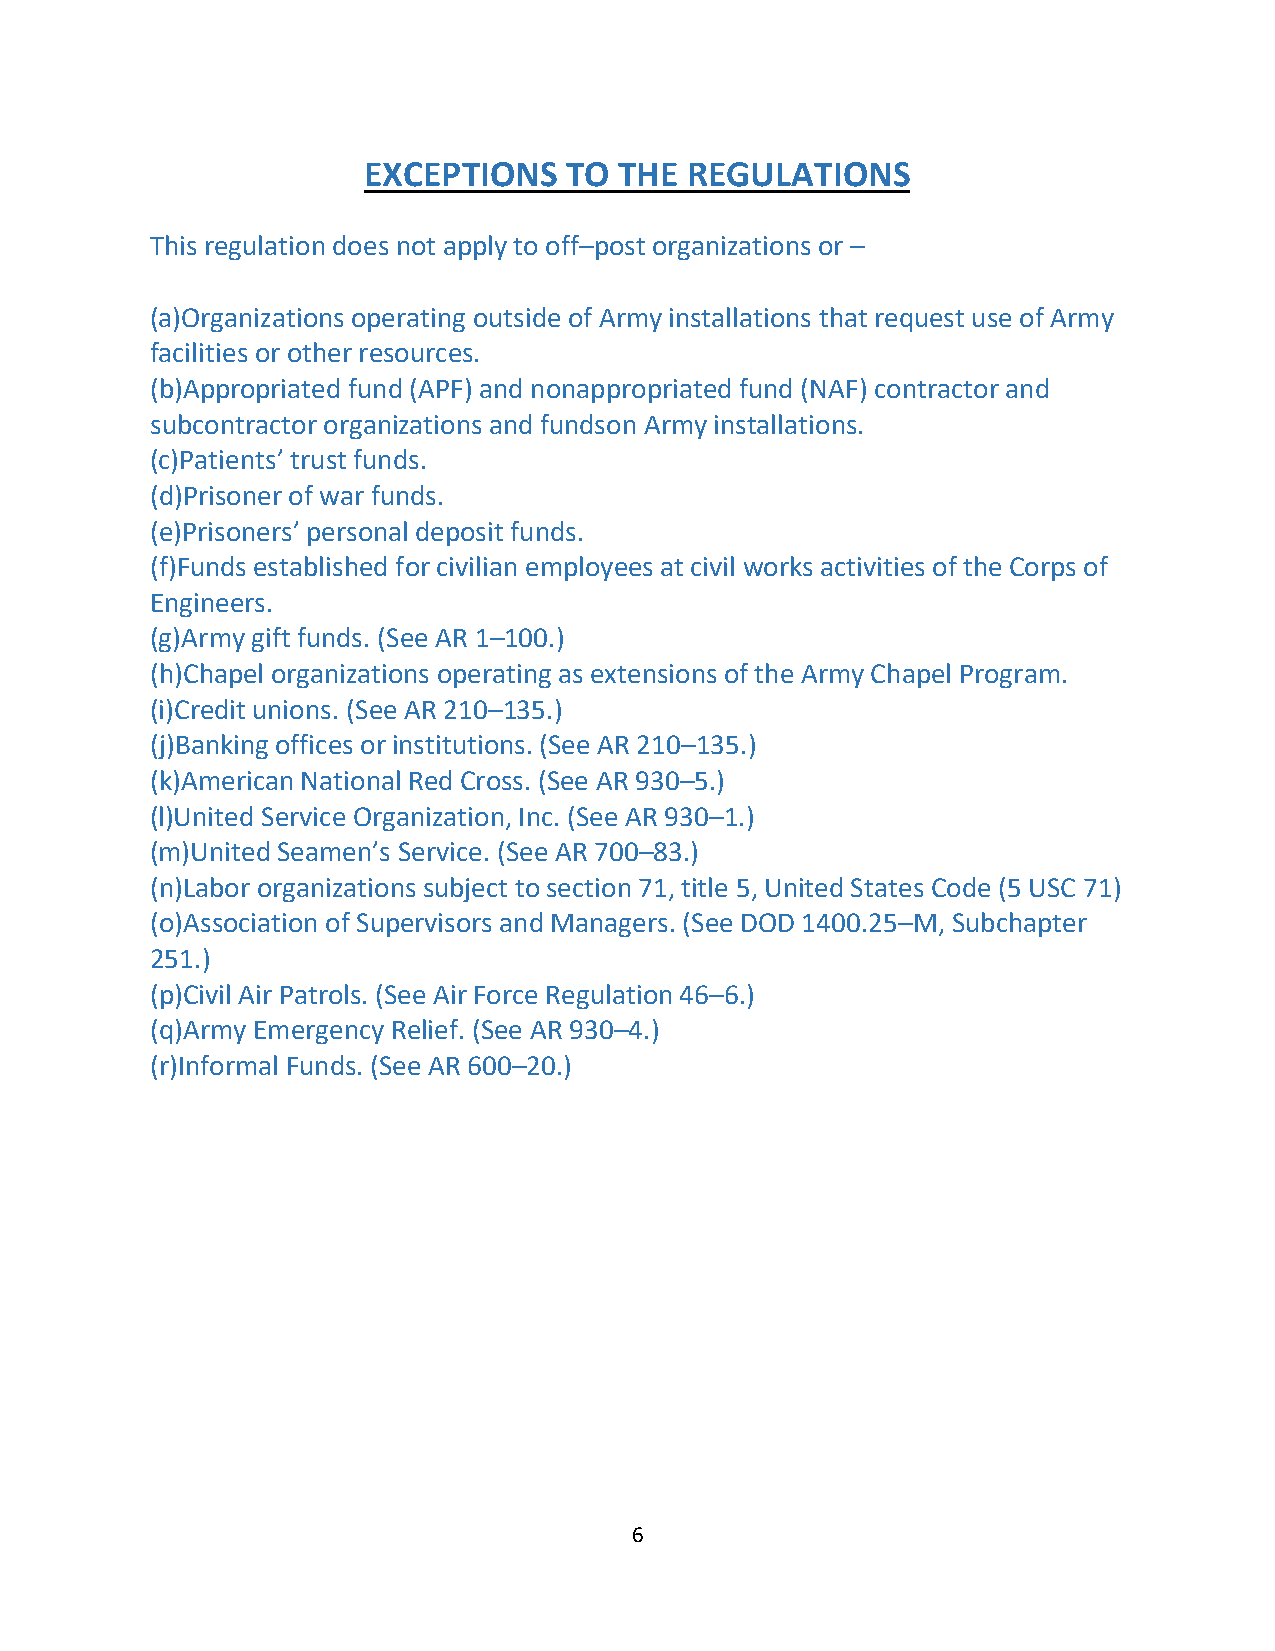
EXCEPTIONS   TO  THE  REGULATIONS
 This regulation does not apply to off–post organizations or –
 (a)Organizations operating outside of Army installations that request use of Army
 facilities or other resources.
 (b)Appropriated fund (APF) and nonappropriated fund (NAF) contractor and
 subcontractor organizations and fundson Army installations.
 (c)Patients’ trust funds.
 (d)Prisoner of war funds.
 (e)Prisoners’ personal deposit funds.
 (f)Funds established for civilian employees at civil works activities of the Corps of
 Engineers.
 (g)Army gift funds. (See AR 1–100.)
 (h)Chapel organizations operating as extensions of the Army Chapel Program.
 (i)Credit unions. (See AR 210–135.)
 (j)Banking offices or institutions. (See AR 210–135.)
 (k)American National Red Cross. (See AR 930–5.)
 (l)United Service Organization, Inc. (See AR 930–1.)
 (m)United Seamen’s Service. (See AR 700–83.)
 (n)Labor organizations subject to section 71, title 5, United States Code (5 USC 71)
 (o)Association of Supervisors and Managers. (See DOD 1400.25–M, Subchapter
 251.)
 (p)Civil Air Patrols. (See Air Force Regulation 46–6.)
 (q)Army Emergency Relief. (See AR 930–4.)
 (r)Informal Funds. (See AR 600–20.)
 6